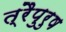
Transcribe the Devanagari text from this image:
त्रैपुरुष